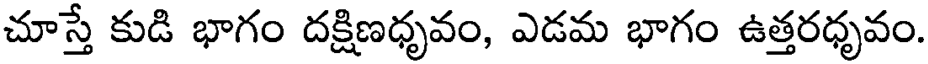
చూస్తే కుడి భాగం దక్షిణధృవం, ఎడమ భాగం ఉత్తరధృవం.